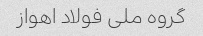
گروه ملی فولاد اهواز